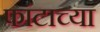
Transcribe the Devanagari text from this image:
फांटाच्या